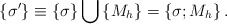
\begin{align*}\left\{ \sigma ^{\prime }\right\} \equiv \left\{ \sigma \right\} \bigcup\left\{ M_h\right\} =\left\{ \sigma ;M_h\right\} .\end{align*}